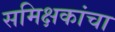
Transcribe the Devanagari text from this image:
समिक्षकांचा